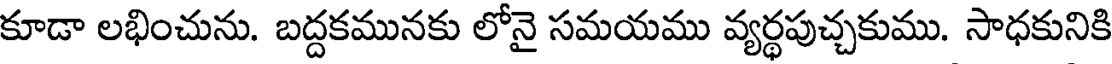
కూడా లభించును. బద్దకమునకు లోనై సమయము వ్యర్థపుచ్చకుము. సాధకునికి